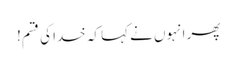
پھر انہوں نے کہا کہ خدا کی قسم!